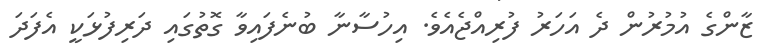
ޒާންގެ އުމުރުން ދެ އަހަރު ފުރިއްޖެއެވެ. އިހުސާނާ ބުނެފައިވާ ގޮތުގައި ދަރިފުޅަކީ އެފަދަ